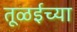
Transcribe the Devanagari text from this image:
तूळईच्या